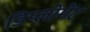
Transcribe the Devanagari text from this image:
डिप्लोमेंट